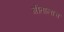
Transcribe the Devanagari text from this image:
गीतालाच